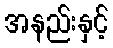
အနည်းနှင့်